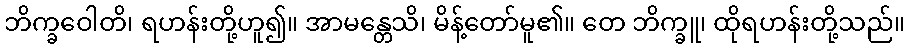
ဘိက္ခဝေါတိ၊ ရဟန်းတို့ဟူ၍။ အာမန္တေသိ၊ မိန့်တော်မူ၏။ တေ ဘိက္ခူ၊ ထိုရဟန်းတို့သည်။